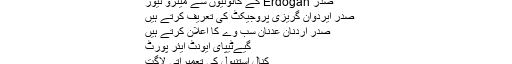
صدر اردوغان میٹروبس صدر اکتاش کو تجویز کرتی ہے
YHT حادثے کے بعد صدر اردن
صدر Erdoğan کے کانونیوں سے میٹرو نیوز
صدر ایردوان گریزی پروجیکٹ کی تعریف کرتے ہیں
صدر اردنان عدنان سب وے کا اعلان کرتے ہیں
گیےٹیپای ایونٹ ایئر پورٹ
کنال استنبول کی تعمیراتی لاگت
مونٹرییکس اسٹراٹس کنونشن
مونٹرییکس کنونشن